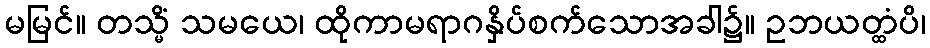
မမြင်။ တသ္မိံ သမယေ၊ ထိုကာမရာဂနှိပ်စက်သောအခါ၌။ ဥဘယတ္ထံပိ၊